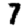
Digit: 7